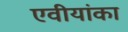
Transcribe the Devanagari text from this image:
एवीयांका